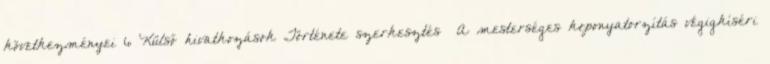
következményei 6 Külső hivatkozások Története szerkesztés A mesterséges koponyatorzítás végigkíséri